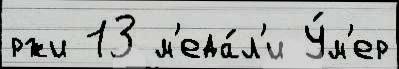
ржи 13 м'еда́л'и У́м'ер